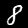
Label: 8